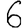
Digit: 6